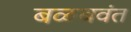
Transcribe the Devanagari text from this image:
बळबवंत